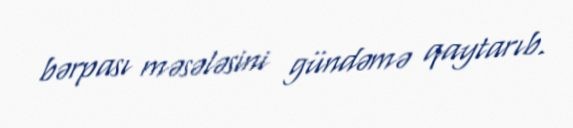
bərpası məsələsini gündəmə qaytarıb.